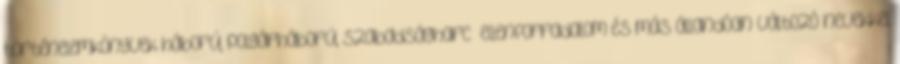
történelemkönyvek háború, polgárháború, szabadságharc ellenforradalom és más állandóan változó nevekkel